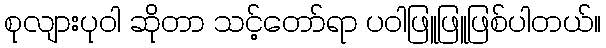
စုလျားပုဝါ ဆိုတာ သင့်တော်ရာ ပဝါဖြူဖြူဖြစ်ပါတယ်။